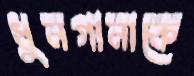
ধুনগানাকে